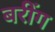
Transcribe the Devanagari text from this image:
बरींग